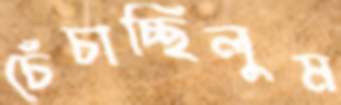
চেঁচাচ্ছিলুম